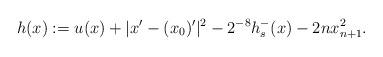
LaTeX: \begin{align*}h(x):= u(x) + |x'-(x_0)'|^2 - 2^{-8}h_s^-(x) - 2 n x_{n+1}^2.\end{align*}